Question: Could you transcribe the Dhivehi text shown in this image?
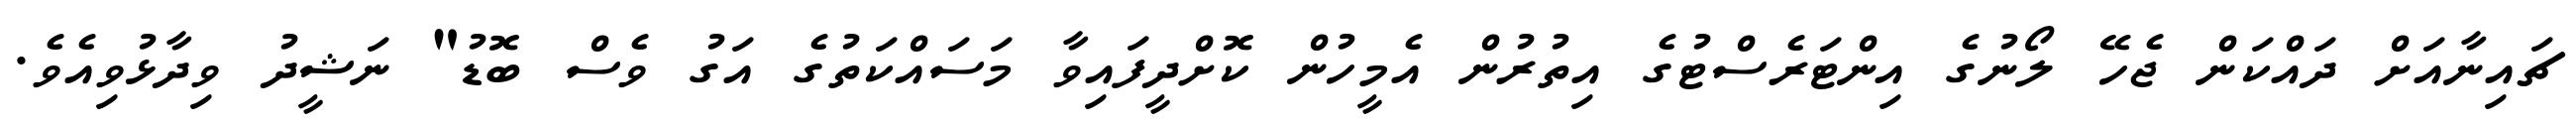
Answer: ޗައިނާއަށް ދައްކަން ޖެހޭ ލޯނުގެ އިންޓަރެސްޓުގެ އިތުރުން އެމީހުން ކޮށްދީފައިވާ މަސައްކަތުގެ އަގު ވެސް ބޮޑު" ނަޝީދު ވިދާޅުވިއެވެ.